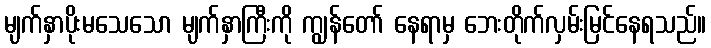
မျက်နှာပိုးမသေသော မျက်နှာကြီးကို ကျွန်တော် နေရာမှ ဘေးတိုက်လှမ်းမြင်နေရသည်။